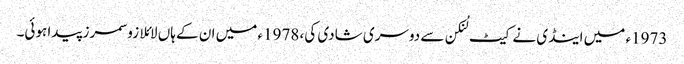
1973ء میں اینڈی نے کیٹ لُنکن سے دوسری شادی کی، 1978ء میں ان کے ہاں لائلا زو سمرز پیدا ہوئی۔